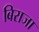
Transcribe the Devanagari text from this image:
बिराजा